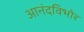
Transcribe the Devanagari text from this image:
आनंदविभोर